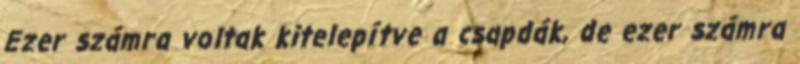
Ezer számra voltak kitelepítve a csapdák, de ezer számra